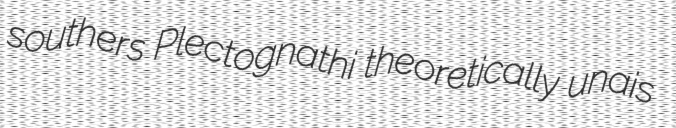
southers Plectognathi theoretically unais